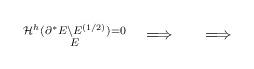
LaTeX: \begin{align*} \substack{\mathcal H^h(\partial^*E\setminus E^{(1/2)})=0 \\ E}\quad\Longrightarrow\quad\quad\Longrightarrow\quad\end{align*}